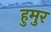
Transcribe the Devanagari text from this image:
हुमुर